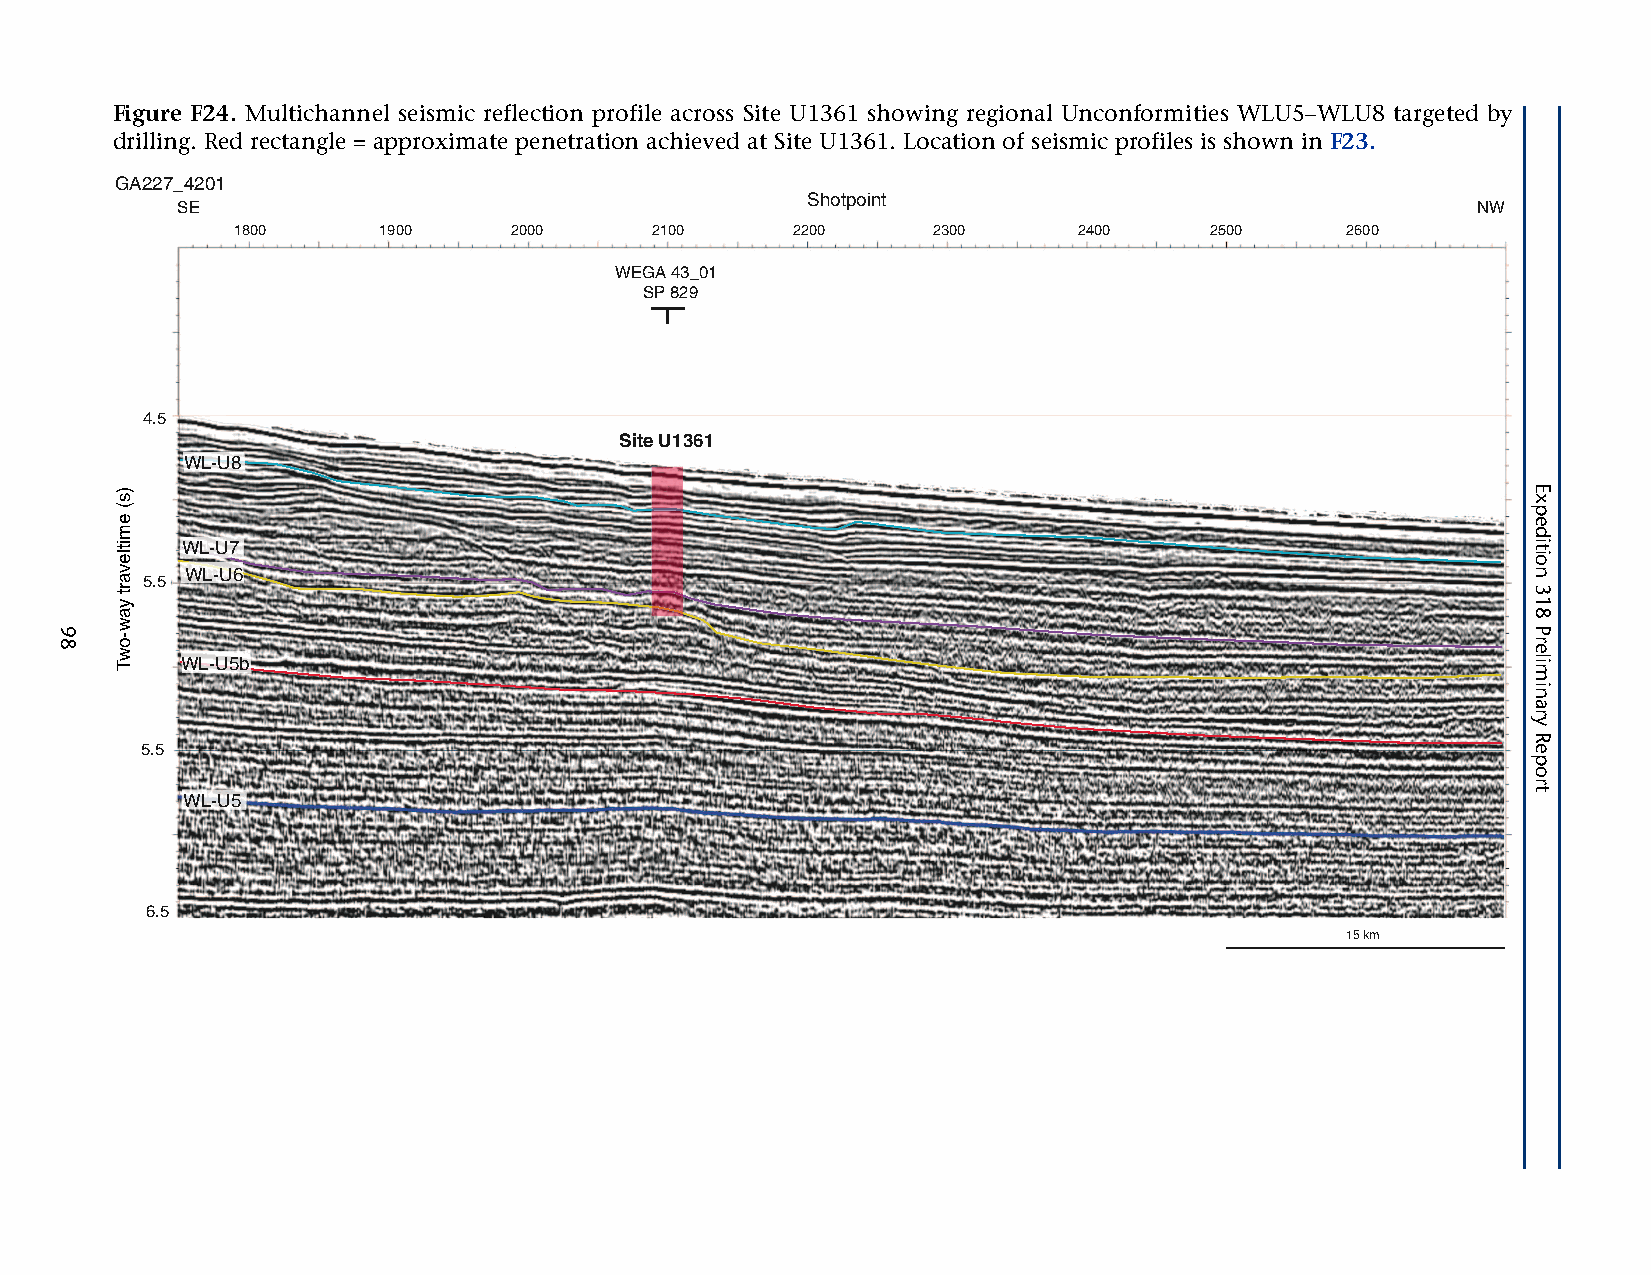
Figure F24. Multichannel seismic reflection profile across Site U1361 showing regional Unconformities WLU5–WLU8 targeted by
 drilling. Red rectangle = approximate penetration achieved at Site U1361. Location of seismic profiles is shown in F23.
 GA227_4201
 Shotpoint
 SE                                                                                    NW
 1800      1900     2000     2100     2200      2300     2400     2500     2600
 WEGA 43_01
 SP 829
 4.5
 Site U1361
 WL-U8
 WL-U7
 WL-U6
 5.5
 WL-U5b
 5.5
 WL-U5
 6.5
 15 km
 98
 )s(
 emitlevart
 yaw-owT
 Expedition
 318
 Preliminary
 Report